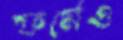
ফর্মেও